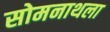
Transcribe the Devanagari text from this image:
सोमनाथला